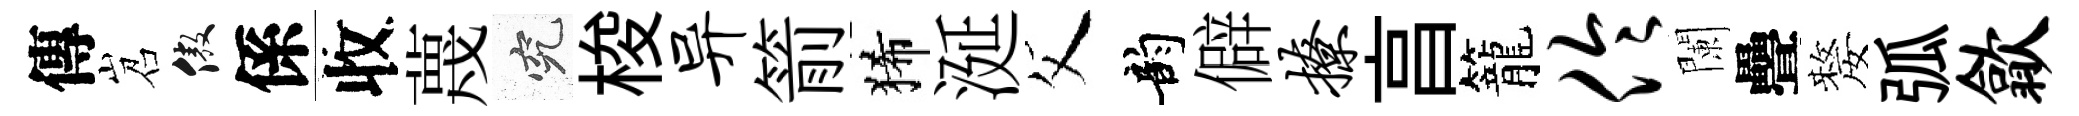
傳岧傲係收蔑究梭异箭狶涎父韵僻撩亯籠伶闌疊嫠弧歙